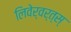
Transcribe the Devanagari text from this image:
लिवेर्वर्त्स्